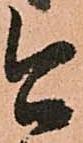
今